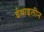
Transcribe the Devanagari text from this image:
ईथाइलीन